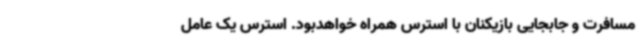
مسافرت و جابجایی بازیکنان با استرس همراه خواهدبود. استرس یک عامل